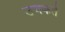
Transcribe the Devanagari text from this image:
उचकते